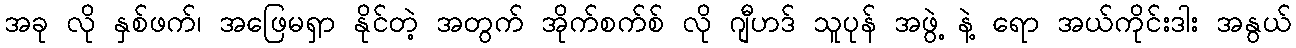
အခု လို နှစ်ဖက်၊ အဖြေမရှာ နိုင်တဲ့ အတွက် အိုက်စက်စ် လို ဂျီဟဒ် သူပုန် အဖွဲ့ နဲ့ ရော အယ်ကိုင်းဒါး အနွယ်